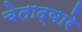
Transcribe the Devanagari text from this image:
चेताद्वारे